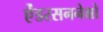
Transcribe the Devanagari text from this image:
ऐंडरसननेक्षो